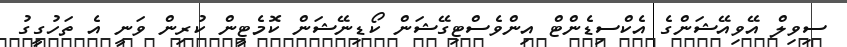
ސިވިލް އޭވިއޭޝަންގެ އެކްސިޑެންޓް އިންވެސްޓިގޭޝަން ކޯޑިނޭޝަން ކޮމެޓީން ކުރިން ވަނީ އެ ތަހުގީގު